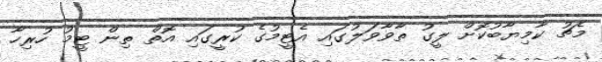
މެޗު ކާމިޔާބުކޮށް ލީގު ތާވާވަލުގައި އެޓީމުގެ ކުރީގައި އޮތް ތިން ޓީމު ހުރިހާ